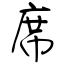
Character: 席